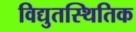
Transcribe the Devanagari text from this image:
विद्युतस्थितिक